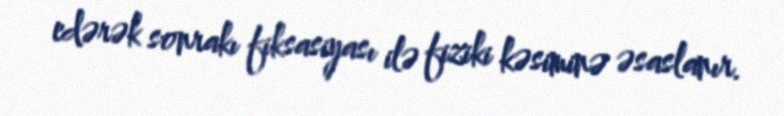
edərək sonrakı fiksasiyası ilə fiziki kəsiminə əsaslanır.